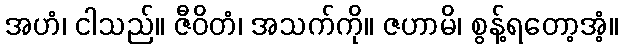
အဟံ၊ ငါသည်။ ဇီဝိတံ၊ အသက်ကို။ ဇဟာမိ၊ စွန့်ရတော့အံ့။